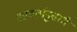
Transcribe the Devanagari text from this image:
आवर्तानुसारी